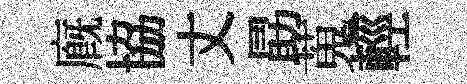
廐協丈勗蒐輕